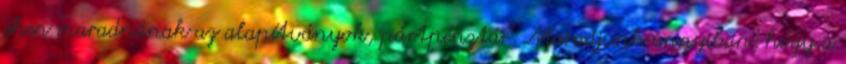
éhen maradnának az alapítványok, pártpénztár. Maradjunk annyiban, hogy a